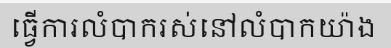
ធ្វើការលំបាករស់នៅលំបាកយ៉ាង